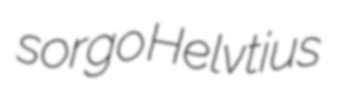
sorgo Helvtius